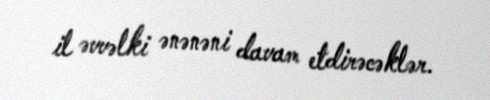
il əvvəlki ənənəni davam etdirəcəklər.